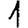
Digit: 1